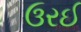
ઉરઈ